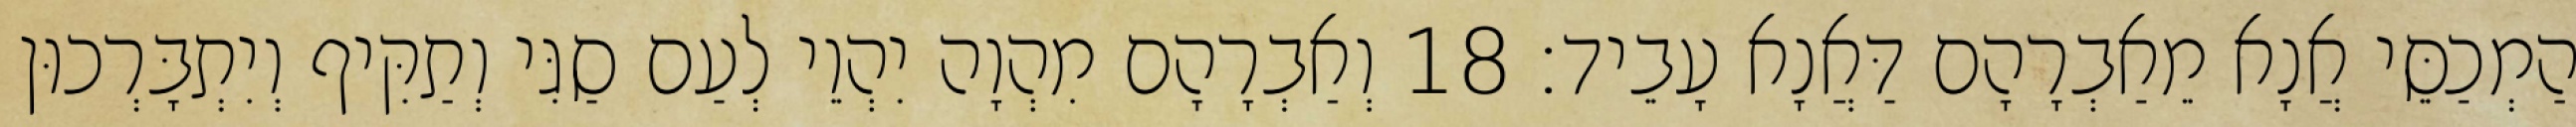
הַמְכַסֵּי אֲנָא מֵאַבְרָהָם דַּאֲנָא עָבֵיד׃ 18 וְאַבְרָהָם מִהְוָה יִהְוֵי לְעַם סַגִּי וְתַקִּיף וְיִתְבָּרְכוּן